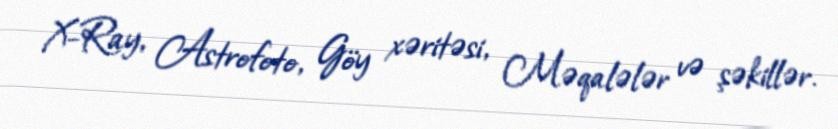
X-Ray, Astrofoto, Göy xəritəsi, Məqalələr və şəkillər.